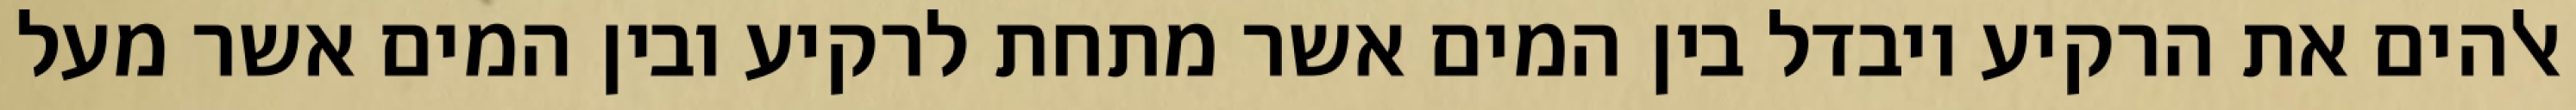
אלהים את הרקיע ויבדל בין המים אשר מתחת לרקיע ובין המים אשר מעל